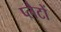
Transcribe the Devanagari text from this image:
प्लैटों